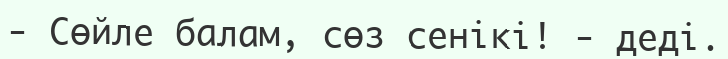
- Сөйле балам, сөз сенікі! - деді.